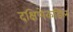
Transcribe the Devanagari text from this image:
दक्षिणेकडिल